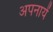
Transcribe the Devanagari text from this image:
अपनायें